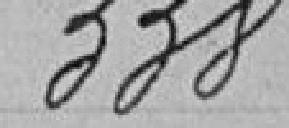
338